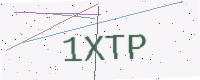
Text: 1XTP